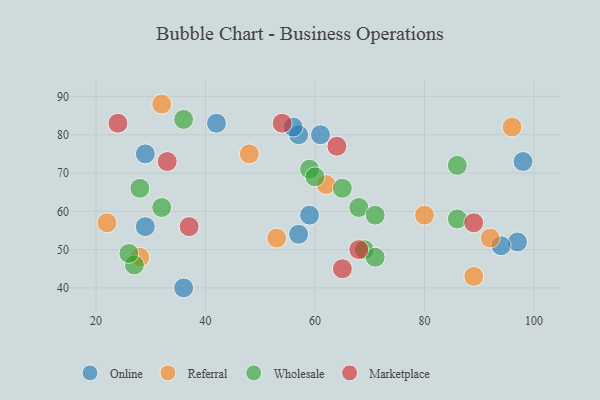
{"axis": {"x": "GDP", "y": "Life Expectancy"}, "legend": ["Marketplace", "Online", "Referral", "Wholesale"], "data": [{"x": "57", "y": 80, "type": "Online"}, {"x": "36", "y": 40, "type": "Online"}, {"x": "59", "y": 59, "type": "Online"}, {"x": "57", "y": 54, "type": "Online"}, {"x": "56", "y": 82, "type": "Online"}, {"x": "42", "y": 83, "type": "Online"}, {"x": "97", "y": 52, "type": "Online"}, {"x": "94", "y": 51, "type": "Online"}, {"x": "29", "y": 56, "type": "Online"}, {"x": "29", "y": 75, "type": "Online"}, {"x": "61", "y": 80, "type": "Online"}, {"x": "98", "y": 73, "type": "Online"}, {"x": "32", "y": 88, "type": "Referral"}, {"x": "48", "y": 75, "type": "Referral"}, {"x": "62", "y": 67, "type": "Referral"}, {"x": "89", "y": 43, "type": "Referral"}, {"x": "22", "y": 57, "type": "Referral"}, {"x": "92", "y": 53, "type": "Referral"}, {"x": "80", "y": 59, "type": "Referral"}, {"x": "53", "y": 53, "type": "Referral"}, {"x": "28", "y": 48, "type": "Referral"}, {"x": "96", "y": 82, "type": "Referral"}, {"x": "27", "y": 46, "type": "Wholesale"}, {"x": "36", "y": 84, "type": "Wholesale"}, {"x": "26", "y": 49, "type": "Wholesale"}, {"x": "59", "y": 71, "type": "Wholesale"}, {"x": "69", "y": 50, "type": "Wholesale"}, {"x": "71", "y": 48, "type": "Wholesale"}, {"x": "68", "y": 61, "type": "Wholesale"}, {"x": "28", "y": 66, "type": "Wholesale"}, {"x": "65", "y": 66, "type": "Wholesale"}, {"x": "71", "y": 59, "type": "Wholesale"}, {"x": "86", "y": 72, "type": "Wholesale"}, {"x": "60", "y": 69, "type": "Wholesale"}, {"x": "32", "y": 61, "type": "Wholesale"}, {"x": "86", "y": 58, "type": "Wholesale"}, {"x": "33", "y": 73, "type": "Marketplace"}, {"x": "64", "y": 77, "type": "Marketplace"}, {"x": "65", "y": 45, "type": "Marketplace"}, {"x": "37", "y": 56, "type": "Marketplace"}, {"x": "68", "y": 50, "type": "Marketplace"}, {"x": "24", "y": 83, "type": "Marketplace"}, {"x": "54", "y": 83, "type": "Marketplace"}, {"x": "89", "y": 57, "type": "Marketplace"}]}